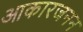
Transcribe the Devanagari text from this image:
आकारजनन